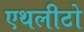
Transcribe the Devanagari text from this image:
एथलीटो